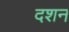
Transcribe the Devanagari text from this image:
दशन